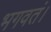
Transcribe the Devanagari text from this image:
भगवतं।